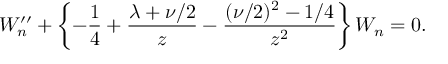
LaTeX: W _ { n } ^ { \prime \prime } + \left\{ { - { \frac { 1 } { 4 } } + { \frac { \lambda + \nu / 2 } { z } } - { \frac { ( \nu / 2 ) ^ { 2 } - 1 / 4 } { z ^ { 2 } } } } \right\} W _ { n } = 0 .